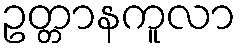
ဥတ္တာနကူလာ